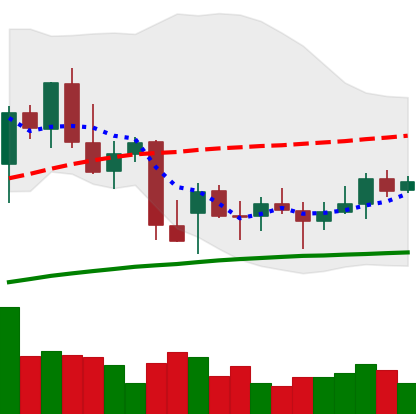
Ticker: BNB-USD
Chart end date: 2021-12-25
Forward return: -5.192%
Label: down_5_7